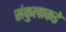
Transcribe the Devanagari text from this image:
संकुलाकडे